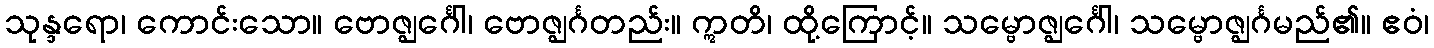
သုန္ဒရော၊ ကောင်းသော။ ဗောဇ္ဈင်္ဂေါ၊ ဗောဇ္ဈင်္ဂတည်း။ ဣတိ၊ ထို့ကြောင့်။ သမ္ဗောဇ္ဈင်္ဂေါ၊ သမ္ဗောဇ္ဈင်္ဂမည်၏။ ဧဝံ၊